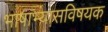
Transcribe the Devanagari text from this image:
भाषाभ्यासविषयक